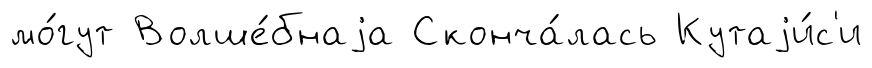
мо́гут Волше́бнаjа Сконча́лась Кутаjи́с'и